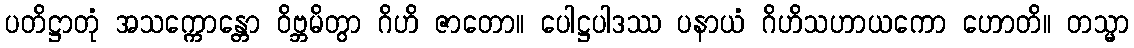
ပတိဋ္ဌာတုံ အသက္ကောန္တော ဝိဗ္ဘမိတွာ ဂိဟိ ဇာတော။ ပေါဋ္ဌပါဒဿ ပနာယံ ဂိဟိသဟာယကော ဟောတိ။ တသ္မာ